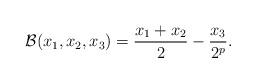
LaTeX: \begin{align*}\mathcal{B}(x_{1},x_{2},x_{3})=\frac{x_{1}+x_{2}}{2}-\frac{x_{3}}{2^{p}}. \end{align*}